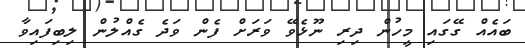
ބައެއް ގޭގައި މީހުން ދިރި ނޫޅެވޭ ވަރަށް ފެން ވަދެ ގެއްލުން ލިބިފައިވާ